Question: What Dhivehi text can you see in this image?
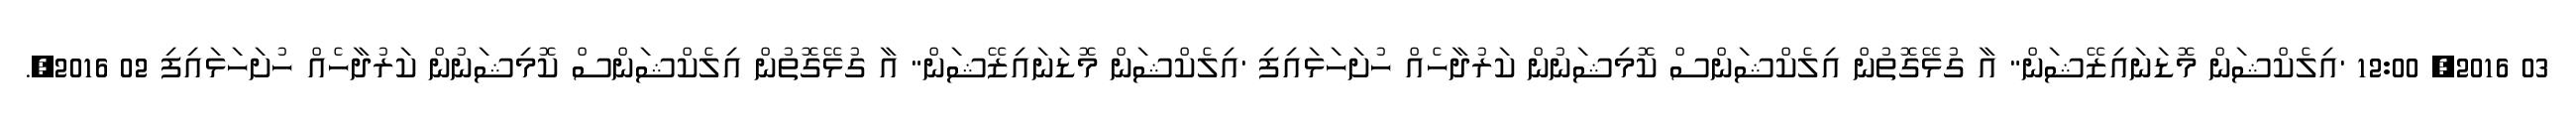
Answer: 03 2016, 12:00 'އިލެކްޝަން މޮޑަނައިޒޭޝަން" އާ ގުޅޭގޮތުން އިލެކްޝަންސް ކޮމިޝަނުން ކަރުދާހެއް ހުށަހަޅައިފި 'އިލެކްޝަން މޮޑަނައިޒޭޝަން" އާ ގުޅޭގޮތުން އިލެކްޝަންސް ކޮމިޝަނުން ކަރުދާހެއް ހުށަހަޅައިފި 02 2016,.